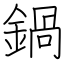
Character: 鍋